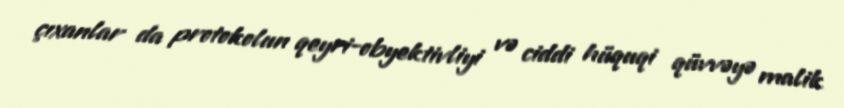
çıxanlar da protokolun qeyri-obyektivliyi və ciddi hüquqi qüvvəyə malik